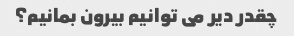
چقدر دیر می توانیم بیرون بمانیم؟